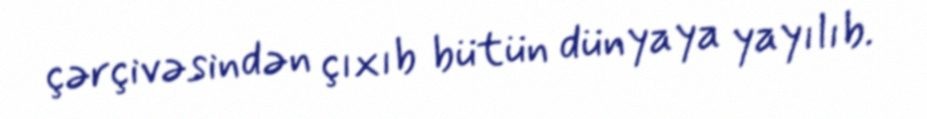
çərçivəsindən çıxıb bütün dünyaya yayılıb.